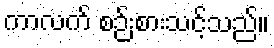
ကာလက် စဉ်းစားသင့်သည်။